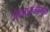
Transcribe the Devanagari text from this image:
जैवपातळीमुळे